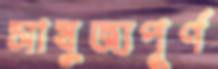
সাযুজ্যপূর্ণ